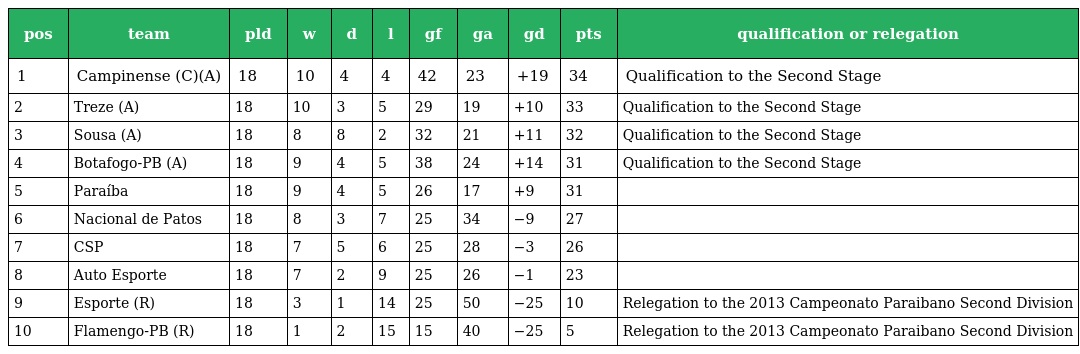
| pos | team | pld | w | d | l | gf | ga | gd | pts | qualification or relegation |
 | --- | --- | --- | --- | --- | --- | --- | --- | --- | --- | --- |
 | 1 | Campinense (C)(A) | 18 | 10 | 4 | 4 | 42 | 23 | +19 | 34 | Qualification to the Second Stage |
 | 2 | Treze (A) | 18 | 10 | 3 | 5 | 29 | 19 | +10 | 33 | Qualification to the Second Stage |
 | 3 | Sousa (A) | 18 | 8 | 8 | 2 | 32 | 21 | +11 | 32 | Qualification to the Second Stage |
 | 4 | Botafogo-PB (A) | 18 | 9 | 4 | 5 | 38 | 24 | +14 | 31 | Qualification to the Second Stage |
 | 5 | Paraíba | 18 | 9 | 4 | 5 | 26 | 17 | +9 | 31 |  |
 | 6 | Nacional de Patos | 18 | 8 | 3 | 7 | 25 | 34 | −9 | 27 |  |
 | 7 | CSP | 18 | 7 | 5 | 6 | 25 | 28 | −3 | 26 |  |
 | 8 | Auto Esporte | 18 | 7 | 2 | 9 | 25 | 26 | −1 | 23 |  |
 | 9 | Esporte (R) | 18 | 3 | 1 | 14 | 25 | 50 | −25 | 10 | Relegation to the 2013 Campeonato Paraibano Second Division |
 | 10 | Flamengo-PB (R) | 18 | 1 | 2 | 15 | 15 | 40 | −25 | 5 | Relegation to the 2013 Campeonato Paraibano Second Division |